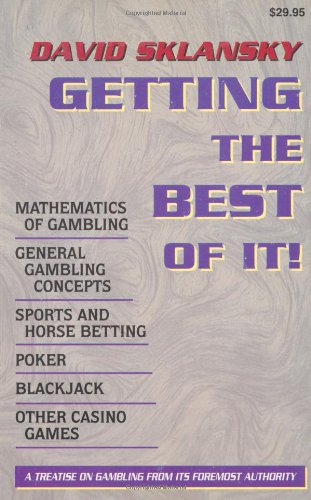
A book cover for Getting the Best of It; David Sklansky; Humor & Entertainment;